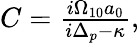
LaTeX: \begin{array}{r}{C=\frac{i\Omega_{10}a_{0}}{i\Delta_{p}-\kappa},}\end{array}